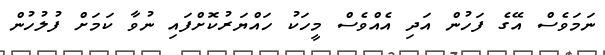
ނަމަވެސް އޭގެ ފަހުން އަދި އެއްވެސް މީހަކު ހައްޔަރުކޮށްފައި ނުވާ ކަމަށް ފުލުހުން